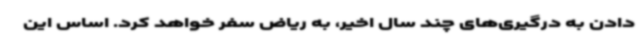
دادن به درگیری‌های چند سال اخیر، به ریاض سفر خواهد کرد. اساس این